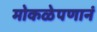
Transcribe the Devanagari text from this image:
मोकळेपणानं